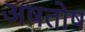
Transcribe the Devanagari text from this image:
अषतोष